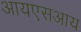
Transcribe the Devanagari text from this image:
आयएसआय